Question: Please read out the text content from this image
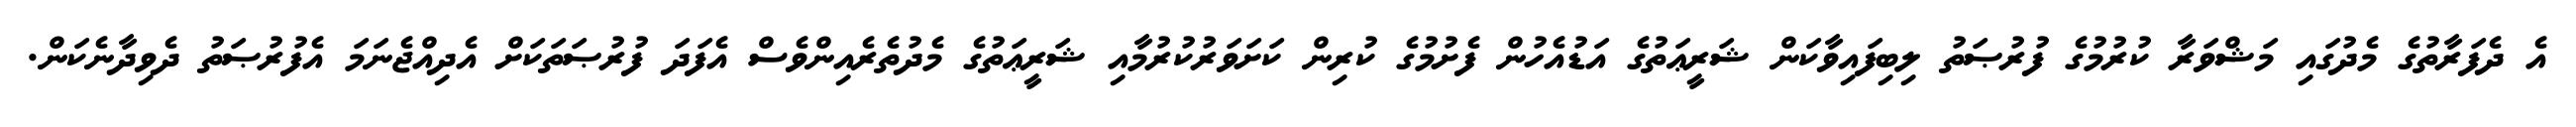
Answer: އެ ދެފަރާތުގެ މެދުގައި މަޝްވަރާ ކުރުމުގެ ފުރުޞަތު ލިބިފައިވާކަން ޝަރީޢަތުގެ އަޑުއެހުން ފެށުމުގެ ކުރިން ކަށަވަރުކުރުމާއި ޝަރީޢަތުގެ މެދުތެރެއިންވެސް އެފަދަ ފުރުޞަތަކަށް އެދިއްޖެނަމަ އެފުރުޞަތު ދެވިދާނެކަން.